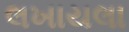
લખાયલા